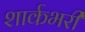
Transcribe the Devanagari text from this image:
शार्कभरी